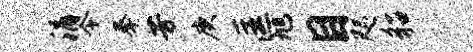
涓令拳芳庚匡旭目咫貂